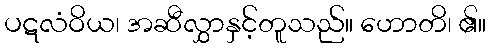
ပဋလံဝိယ၊ အဆီလွှာနှင့်တူသည်။ ဟောတိ၊ ၏။